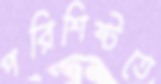
পরিশিষ্টতে